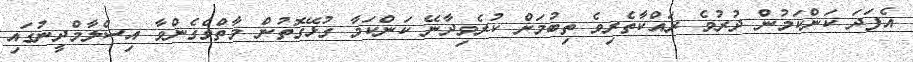
އެފަދަ ކަންކަމުން ދުރުވެ ރައްކާތެރިވެ ތިބުމަށް ކުރެވިދާނޭ ކަންކަމާ ގުޅޭގޮތުން މާތްވެގެންވާ އިސްލާމްދީނުގައި